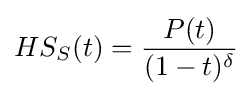
HS_{S}(t)={\frac {P(t)}{(1-t)^{\delta }}}